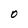
Character: O